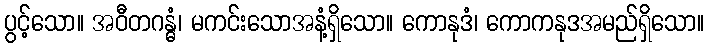
ပွင့်သော။ အဝီတဂန္ဓံ၊ မကင်းသောအနံ့ရှိသော။ ကောနုဒံ၊ ကောကနုဒအမည်ရှိသော။